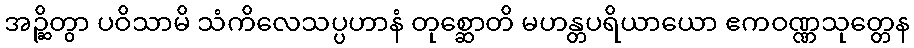
အဉ္ဆိတွာ ပဝိသာမိ သံကိလေသပ္ပဟာနံ တုစ္ဆောတိ မဟန္တပရိယာယော ဧကဝဏ္ဏသုတ္တေန